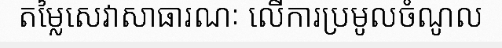
តម្លៃសេវាសាធារណៈ លើការប្រមូលចំណូល